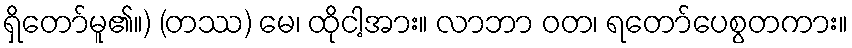
ရှိတော်မူ၏။) (တဿ) မေ၊ ထိုငါ့အား။ လာဘာ ဝတ၊ ရတော်ပေစွတကား။